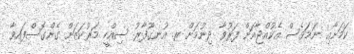
ކަމަށާއި ނަމަވެސް އެކުއްޖާއަށް ފަރުވާ ދިނުމަށް ރ. އުނގޫފާރު ސިއްހީ މަރުކަޒަށް ގެންގޮސްފައިވާ